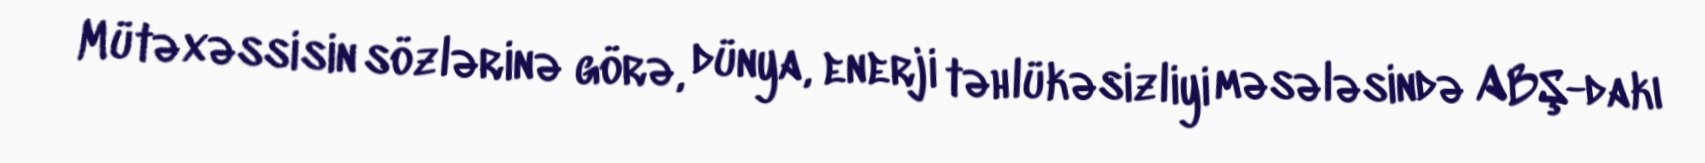
Mütəxəssisin sözlərinə görə, dünya, enerji təhlükəsizliyi məsələsində ABŞ-dakı